Report on the cultivation and use of ganja
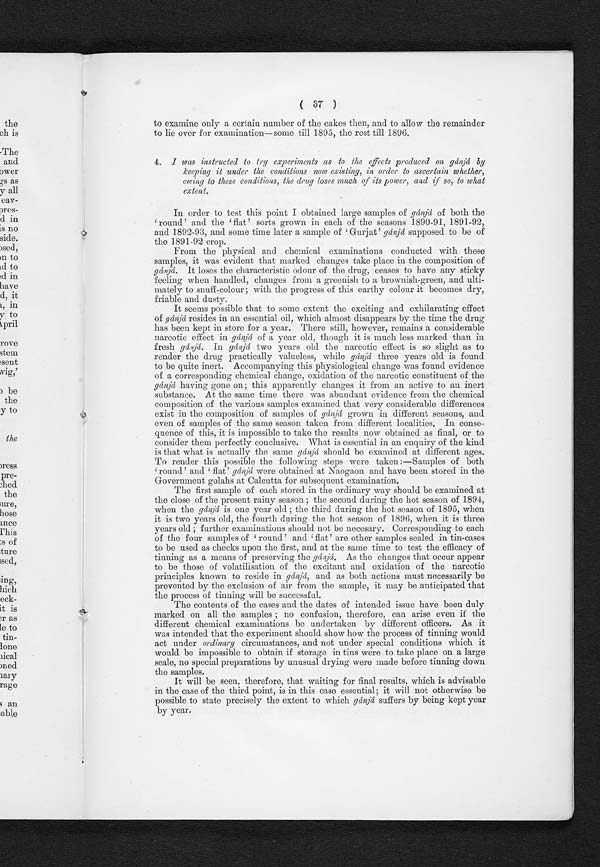
( 37 )
to examine only a certain number of the cakes then, and to allow the remainder
to lie over for examination—some till 1895, the rest till 1896.
4. I was instructed to try experiments as to the effects produced on gánjá by
keeping it under the conditions now existing, in order to ascertain whether,
owing to these conditions, the drug loses much of its power, and if so, to what
extent.
In order to test this point I obtained. large samples of gánjá of both the
' r o u n d ' a n d t h e ' f l a t ' s o r t s g r o w n i n e a c h o f t h e s e a s o n s 1 8 9 0 - 9 1 , 1 8 9 1 - 9 2 ,
and 1892-93, and some time later a sample of 'Gurjat' g á n j á
s u p p o s e d t o b e o f
the 1891-92 crop.
From the physical and chemical examinations conducted with these
samples, it was evident that marked changes take place in the composition of
gánjá. It loses the characteristic odour of the drug, ceases to have any sticky
feeling when handled, changes from a greenish to a brownish-green, and ulti-
mately to snuff-colour; with the progress of this earthy colour it becomes dry,
friable and dusty.
It seems possible that to some extent the exciting and exhilarating effect
of gánjá resides in an essential oil, which almost disappears by the time the drug
has been kept in store for a year. There still, however, remains a considerable
narcotic effect in gánjá of a year old, though it is much less marked than in
fresh gánjá. In gánjá two years old the narcotic effect is so slight as to
render the drug practically valueless, while gánjá three years old is found
to be quite inert. Accompanying this physiological change was found evidence
of a corresponding chemical change, oxidation of the narcotic constituent of the
gánjá h a v i n g g o n e o n ; t h i s a p p a r e n t l y c h a n g e s i t f r o m a n a c t i v e t o a n i n e r t
substance.
having
the same time there was abundant evidence from the chemical
composition of the various samples examined that very considerable differences
exist in the composition of samples of gá njá grown in different seasons, and
even of samples of the same season taken from different localities. In conse-
q u e n c e o f t h i s , i t i s i m p o s s i b l e t o t a k e t h e r e s u l t s n o w o b a i n e d a s f i n a l , o r t o
consider them perfectly conclusive. What is essential in an enquiry of the kind
is that what is actually the same gánjá should. be examined at different ages.
To render this possible the following steps were taken:—Samples of both
'round' and 'flat'g á n j á
w e r e o b t a i n e d a t N a o g a o n a n d h a v e b e e n s t o r e d i n t h e
Government golahs at Calcutta for subsequent examination.
The first sample of each stored. in the ordinary way should be examined at
the close of the present rainy season; the second during the hot season of 1894,
when the gánjá is one year old; the third during the hot season of 1895, when
it is two years old, the fourth during the hot season of 1896, when it is three
years old; further examinations should not be necesary. Corresponding to each
of t he four sampl es of ' round' and. ' fl at ' are ot her sampl es seal ed. i n t i n-cases
to be used as checks upon the first, and at the same time to test the efficacy of
tinning as a means of preserving the gánjá. As the changes that occur appear
to be those of volatilisation of the excitant and oxidation of the narcotic
principles known to reside in gánjá, and. as both actions must necessarily be
prevented by the exclusion of air from the sample, it may be anticipated that
the process of tinning will be successful.
The contents of the cases and the dates of intended issue have been duly
marked on all the samples; no confusion, therefore, can arise even if the
different chemical examinations be undertaken by different officers. As it
was intended. that the experiment should show how the process of tinning would
act under ordinary circumstances, and not under special conditions which it
would be impossible to obtain if storage in tins were to take place on a large
scale, no special preparations by unusual drying were made before tinning down
the samples.
It will be seen, therefore, that waiting for final results, which is advisable
in the case of the third point, is in this case essential; it will not otherwise be
possible to state precisely the extent to which gánjá suffers by being kept year
by year.